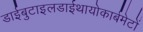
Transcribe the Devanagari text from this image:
डाईबुटाइलडाईथायोकार्बमेटों